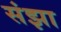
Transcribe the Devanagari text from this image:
संझा